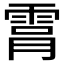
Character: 𮦑